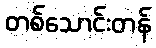
တစ်သောင်းတန်